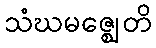
သံဃမဇ္ဈေတိ